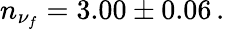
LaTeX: n_{\nu_{f}}=3.00\pm 0.06\, .